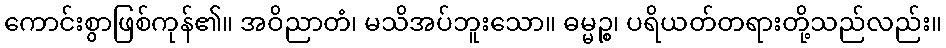
ကောင်းစွာဖြစ်ကုန်၏။ အဝိညာတံ၊ မသိအပ်ဘူးသော။ ဓမ္မဉ္စ၊ ပရိယတ်တရားတို့သည်လည်း။